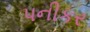
પનીકર